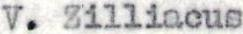
V. Zilliacus